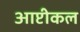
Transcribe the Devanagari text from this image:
आप्टीकल